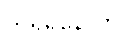
ကုရူရိနောတိ